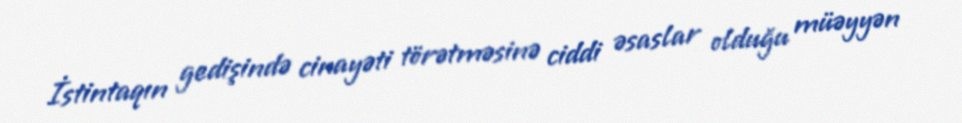
İstintaqın gedişində cinayəti törətməsinə ciddi əsaslar olduğu müəyyən